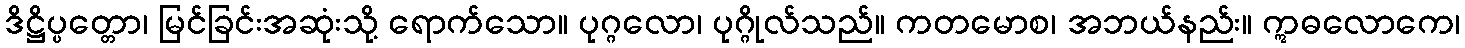
ဒိဋ္ဌိပ္ပတ္တော၊ မြင်ခြင်းအဆုံးသို့ ရောက်သော။ ပုဂ္ဂလော၊ ပုဂ္ဂိုလ်သည်။ ကတမောစ၊ အဘယ်နည်း။ ဣဓလောကေ၊